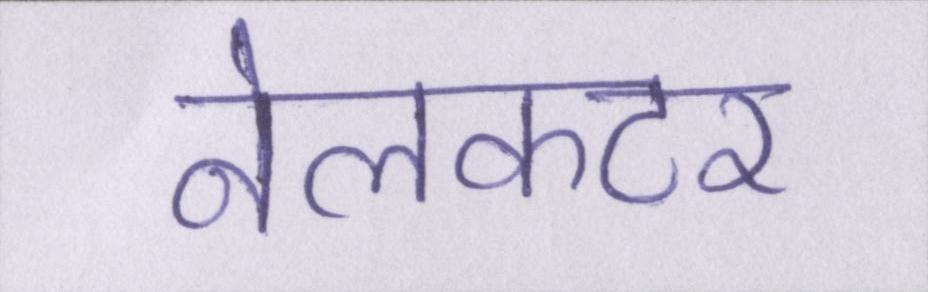
नेलकटर